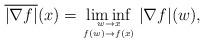
LaTeX: \begin{align*}\overline{|\nabla f|}(x) = \liminf_{{w \to x}\atop{f(w) \to f(x)}} |\nabla f|(w),\end{align*}